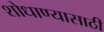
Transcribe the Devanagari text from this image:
शोधाण्यासाठी